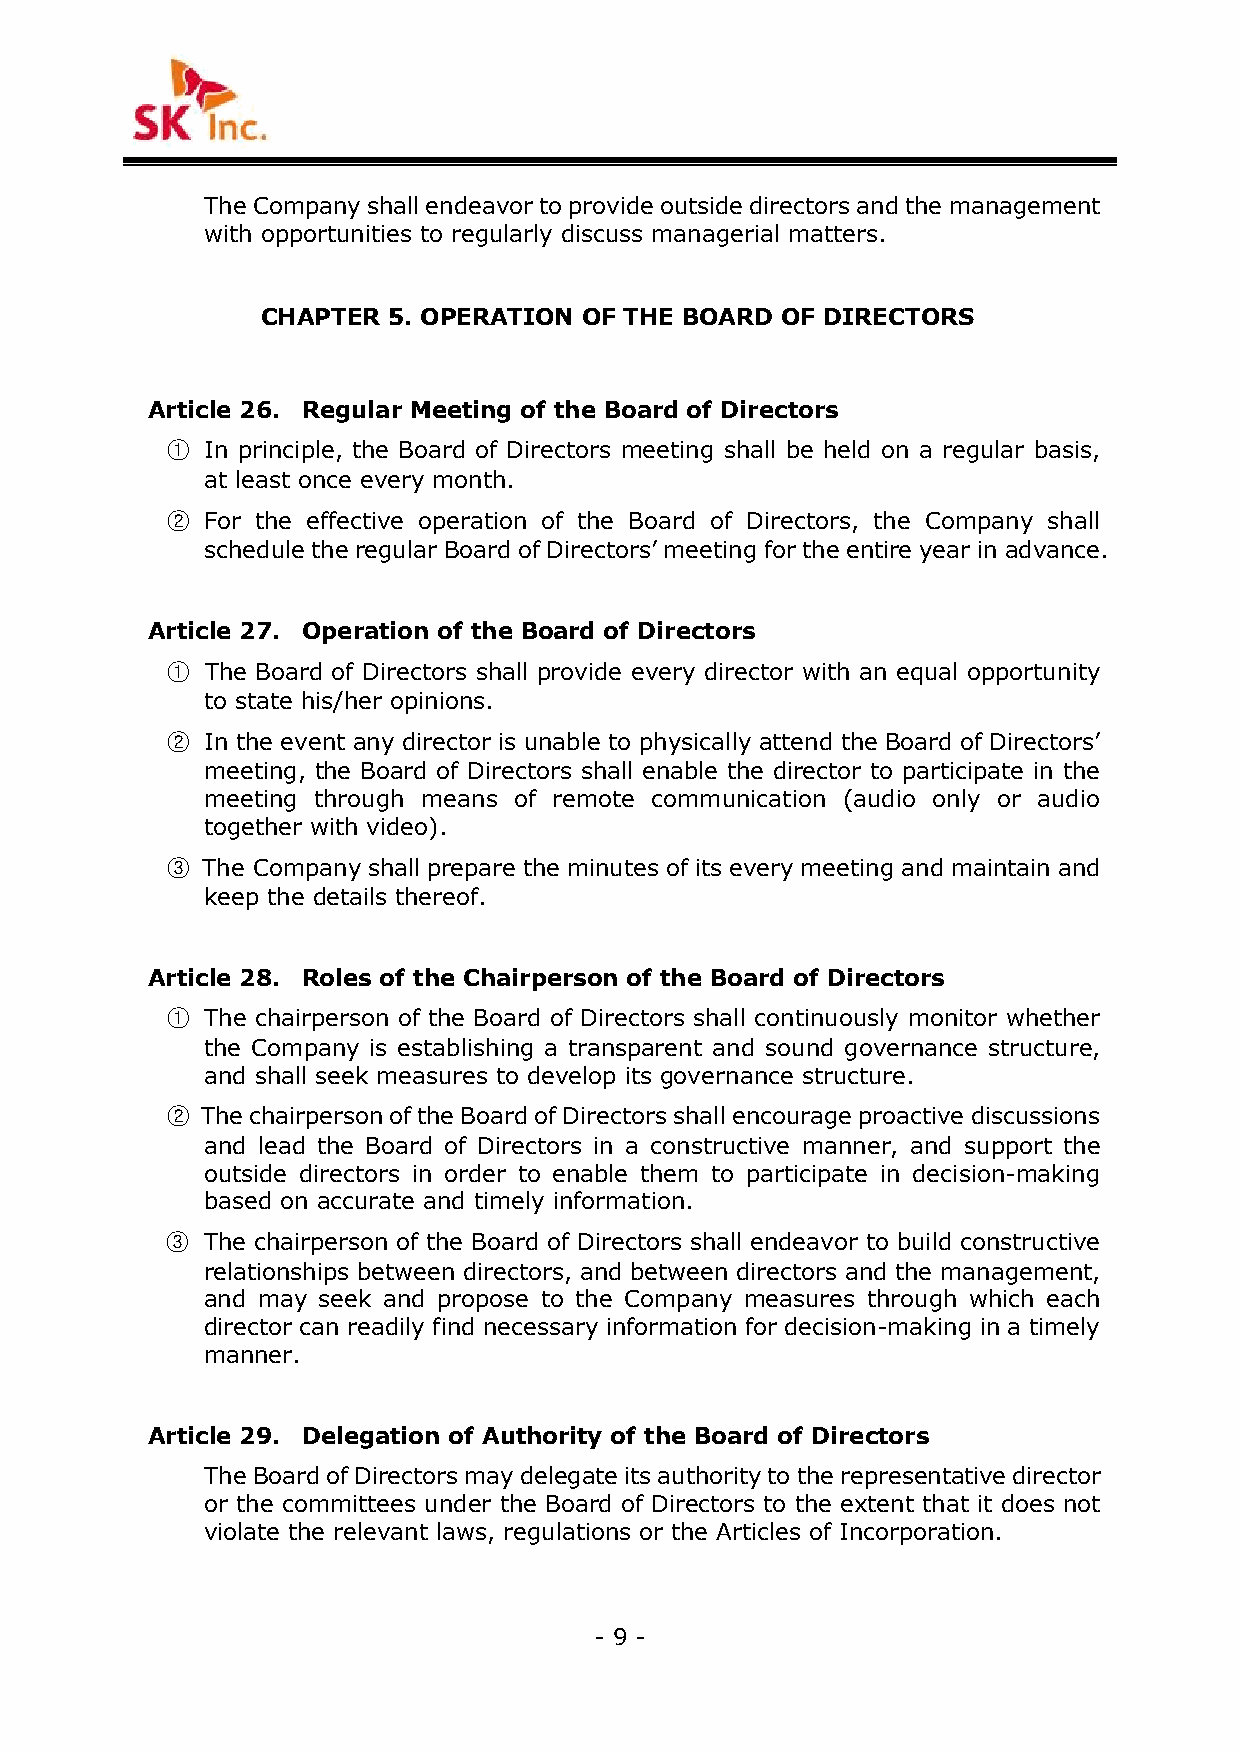
The Company shall endeavor to provide outside directors and the management
 with opportunities to regularly discuss managerial matters.
 CHAPTER  5. OPERATION OF THE BOARD OF DIRECTORS
 Article 26. Regular Meeting of the Board of Directors
 ①  In principle, the Board of Directors meeting shall be held on a regular basis,
 at least once every month.
 ②  For the effective operation of the Board of Directors, the Company shall
 schedule the regular Board of Directors’ meeting for the entire year in advance.
 Article 27. Operation of the Board of Directors
 ①  The Board of Directors shall provide every director with an equal opportunity
 to state his/her opinions.
 ②  In the event any director is unable to physically attend the Board of Directors’
 meeting, the Board of Directors shall enable the director to participate in the
 meeting through means of remote communication (audio only or audio
 together with video).
 ③ The Company shall prepare the minutes of its every meeting and maintain and
 keep the details thereof.
 Article 28. Roles of the Chairperson of the Board of Directors
 ①  The chairperson of the Board of Directors shall continuously monitor whether
 the Company is establishing a transparent and sound governance structure,
 and shall seek measures to develop its governance structure.
 ② The chairperson of the Board of Directors shall encourage proactive discussions
 and lead the Board of Directors in a constructive manner, and support the
 outside directors in order to enable them to participate in decision-making
 based on accurate and timely information.
 ③ The chairperson of the Board of Directors shall endeavor to build constructive
 relationships between directors, and between directors and the management,
 and may seek and propose to the Company measures through which each
 director can readily find necessary information for decision-making in a timely
 manner.
 Article 29. Delegation of Authority of the Board of Directors
 The Board of Directors may delegate its authority to the representative director
 or the committees under the Board of Directors to the extent that it does not
 violate the relevant laws, regulations or the Articles of Incorporation.
 - 9 -